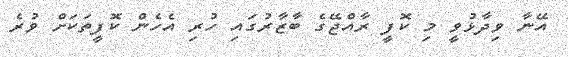
އޭނާ ވިދާޅުވީ މި ކޮފީ ރާއްޖޭގެ ބާޒާރުގައި ހުރި އެހެން ކޮފީތަކަށް ވުރެ